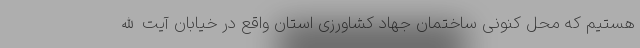
هستیم که محل کنونی ساختمان جهاد کشاورزی استان واقع در خیابان آیت‌الله